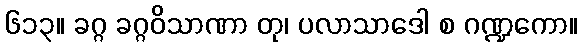
၆၁၃။ ခဂ္ဂ ခဂ္ဂဝိသာဏာ တု၊ ပလာသာဒေါ စ ဂဏ္ဍကော။